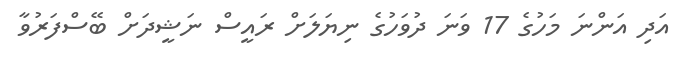
އަދި އަންނަ މަހުގެ 17 ވަނަ ދުވަހުގެ ނިޔަލަށް ރައީސް ނަޝީދަށް ބޭސްފަރުވާ